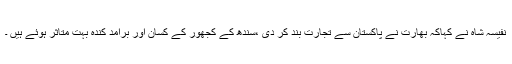
نفیسہ شاہ نے کہاکہ بھارت نے پاکستان سے تجارت بند کر دی ،سندھ کے کجھور کے کسان اور برآمد کندہ بہت متاثر ہوئے ہیں ۔